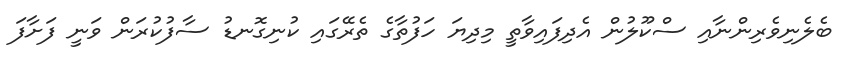
ބެލެނިވެރިންނާއި ސްކޫލުން އެދިފައިވާތީ މިދިޔަ ހަފުތާގެ ތެރޭގައި ކުނިގޮނޑު ސާފުކުރަން ވަނީ ފަށާފަ